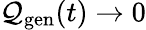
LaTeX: \mathcal{Q}_{\mathrm{{gen}}}(t)\rightarrow0